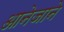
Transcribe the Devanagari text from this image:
आनेजाने